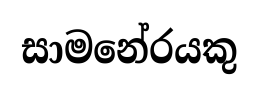
සාමනේරයකු